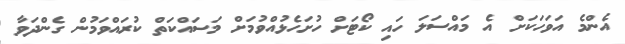
އެންމެ އަވަހަކަށް އެ މައްސަލަ ހައި ކޯޓަށް ހުށަހެޅުއްވުމަށް މަސައްކަތް ކުރައްވަމުން ގެންދަވާ